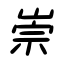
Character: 崇